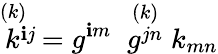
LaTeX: \stackrel{(k)\; \; }{k^{\mathbf{i}j}}={g^{\mathbf{i}m}}\; \stackrel{(k)}{g^{jn}}k_{mn}